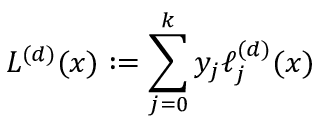
L ^ { ( d ) } ( x ) : = \sum _ { j = 0 } ^ { k } y _ { j } \ell _ { j } ^ { ( d ) } ( x )